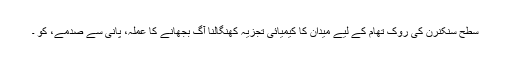
سطح سنکنرن کی روک تھام کے لیے میدان کا کیمیائی تجزیہ کھنگالنا آگ بجھانے کا عملہ، پانی سے صدمے، کو ۔